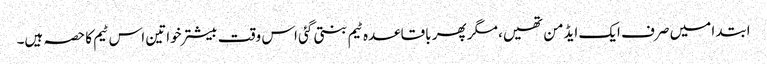
ابتدا میں صرف ایک ایڈمن تھیں، مگر پھر باقاعدہ ٹیم بنتی گئی اس وقت بیشتر خواتین اس ٹیم کا حصہ ہیں۔